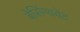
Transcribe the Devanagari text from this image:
बेसिंग्थवेट